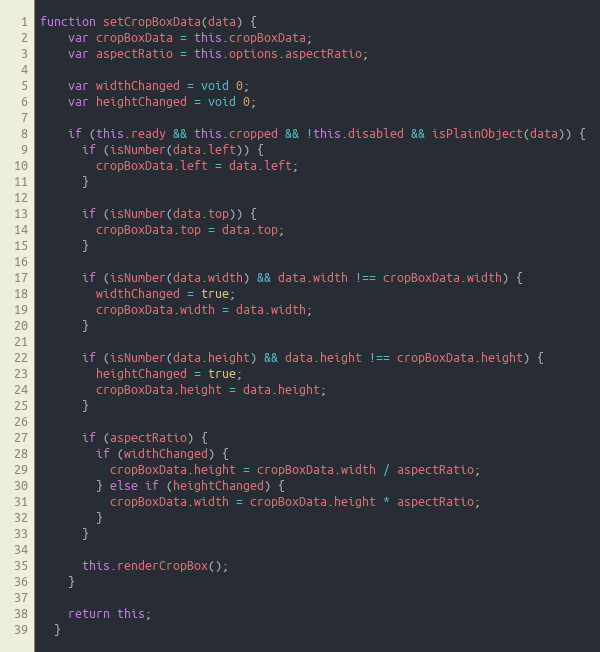
Language: JavaScript
function setCropBoxData(data) {
    var cropBoxData = this.cropBoxData;
    var aspectRatio = this.options.aspectRatio;

    var widthChanged = void 0;
    var heightChanged = void 0;

    if (this.ready && this.cropped && !this.disabled && isPlainObject(data)) {
      if (isNumber(data.left)) {
        cropBoxData.left = data.left;
      }

      if (isNumber(data.top)) {
        cropBoxData.top = data.top;
      }

      if (isNumber(data.width) && data.width !== cropBoxData.width) {
        widthChanged = true;
        cropBoxData.width = data.width;
      }

      if (isNumber(data.height) && data.height !== cropBoxData.height) {
        heightChanged = true;
        cropBoxData.height = data.height;
      }

      if (aspectRatio) {
        if (widthChanged) {
          cropBoxData.height = cropBoxData.width / aspectRatio;
        } else if (heightChanged) {
          cropBoxData.width = cropBoxData.height * aspectRatio;
        }
      }

      this.renderCropBox();
    }

    return this;
  }